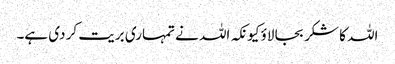
اللہ کا شکر بجا لاؤ کیونکہ اللہ نے تمہاری بریت کر دی ہے۔